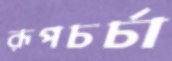
রূপচর্চা